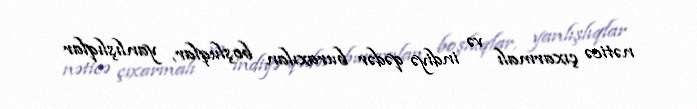
nəticə çıxarmalı və indiyə qədər buraxılan boşluqlar, yanlışlıqlar